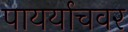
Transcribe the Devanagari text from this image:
पायर्याचवर